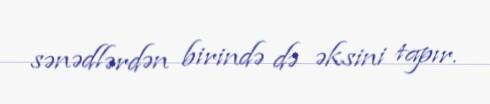
sənədlərdən birində də əksini tapır.